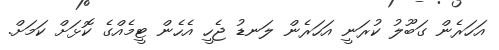
އަހަރެން ގަބޫލު ކުރަނީ އަހަރެން ލަނޑު ޖެހީ އެހެން ޓީމެއްގެ ކޮޅަށް ކަމަށް.